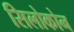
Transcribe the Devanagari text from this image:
सिलोकोन